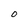
Character: 0